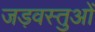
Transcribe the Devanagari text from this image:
जड़वस्तुओं